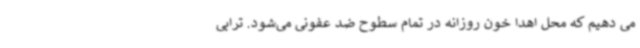
می دهیم که محل اهدا خون روزانه در تمام سطوح ضد عفونی می‌شود. ترابی